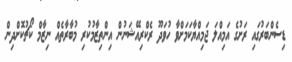
ޑިސެންބަރުގައި ރަށުގެ އަމިއްލަ ޖަމިއްޔާކަމަށްވާ ހުވަދޫ ރެކްރިއޭޝަނުން އިންތިޒާމުކުރި މުބާރާތެއް ނިޒާމް ކޯޗުކޮށްދިން